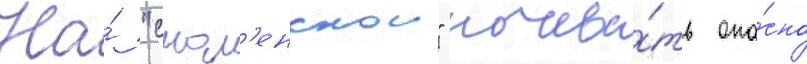
На́ "смол'енскои" ночева́ть опа́сно